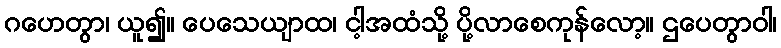
ဂဟေတွာ၊ ယူ၍။ ပေသေယျာထ၊ ငါ့အထံသို့ ပို့လာစေကုန်လော့။ ဌပေတွာဝါ၊